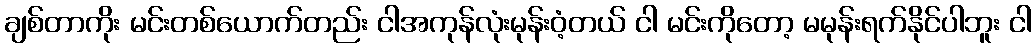
ချစ်တာကိုး မင်းတစ်ယောက်တည်း ငါအကုန်လုံးမုန်းဝံ့တယ် ငါ မင်းကိုတော့ မမုန်းရက်နိုင်ပါဘူး ငါ